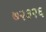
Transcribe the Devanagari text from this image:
७२३२६